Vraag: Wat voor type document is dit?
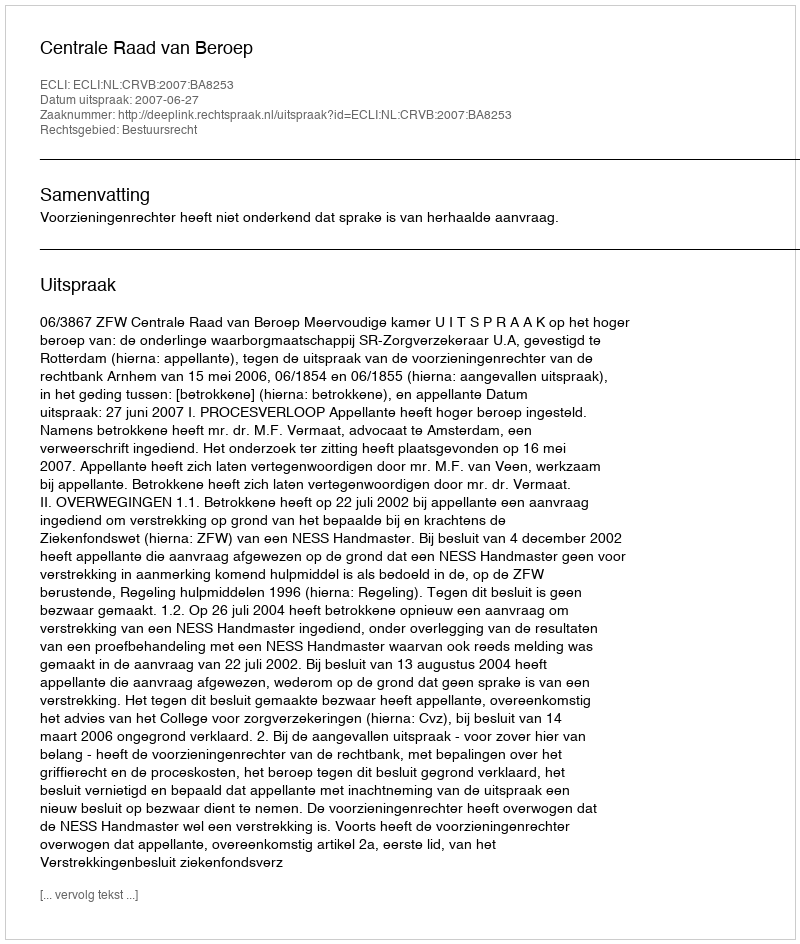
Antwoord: Uitspraak